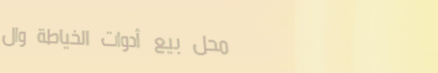
محل بيع أدوات الخياطة وال